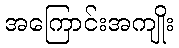
အကြောင်းအကျိုး